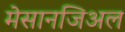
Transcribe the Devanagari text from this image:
मेसानजिअल